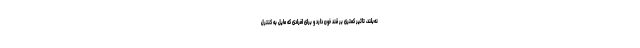
نه‌بلند، تاثیر کمتری بر قند خون دارد و برای افرادی که مایل به کنترل